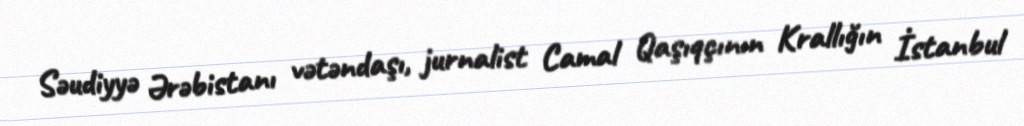
Səudiyyə Ərəbistanı vətəndaşı, jurnalist Camal Qaşıqçının Krallığın İstanbul